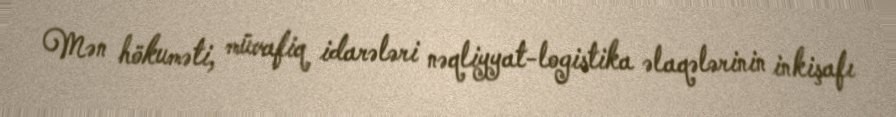
Mən hökuməti, müvafiq idarələri nəqliyyat-logistika əlaqələrinin inkişafı